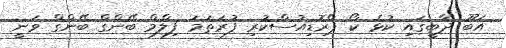
އަބޫ ދާބީގައި ކުޅެ ކޯ ޕްރޮޑިއުސްކުރި ފުރަތަމަ ފިލްމް ބޭންގް ބޭންގް ވަނީ